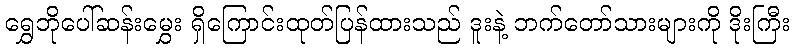
ရွှေဘိုပေါ်ဆန်းမွှေး ရှိကြောင်းထုတ်ပြန်ထားသည် ဒူးနဲ့ ဘက်တော်သားများကို ဒိုးကြီး